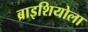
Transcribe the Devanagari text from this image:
ब्राइशियोला